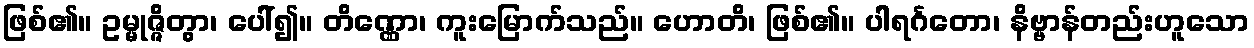
ဖြစ်၏။ ဥမ္မုဇ္ဇိတွာ၊ ပေါ်၍။ တိဏ္ဏော၊ ကူးမြောက်သည်။ ဟောတိ၊ ဖြစ်၏။ ပါရင်္ဂတော၊ နိဗ္ဗာန်တည်းဟူသော